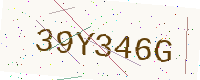
Text: 39Y346G